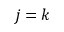
j = k